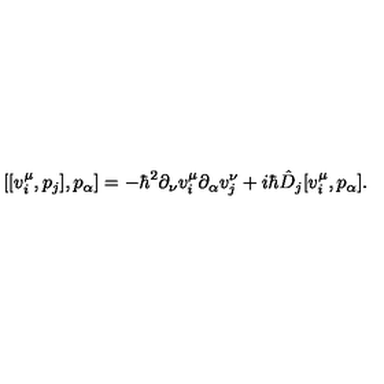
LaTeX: [ [ v _ { i } ^ { \mu } , p _ { j } ] , p _ { \alpha } ] = - \hbar ^ { 2 } \partial _ { \nu } v _ { i } ^ { \mu } \partial _ { \alpha } v _ { j } ^ { \nu } + i \hbar \hat { D } _ { j } [ v _ { i } ^ { \mu } , p _ { \alpha } ] .